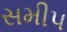
સમીપ